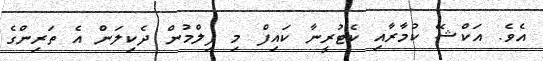
އެވެ. އަކްޝޭ ކުމާރާއި ކެޓުރީނާ ކައިފް މި ފިލްމުން ދެކިލަން އެ ތަރިންގެ